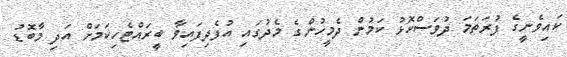
ކައިވެނީގެ ފުރަތަމަ ދުވަސްކޮޅު ކަމުން ދެމީހުންގެ މެދުގައި އުފެދިފައިވާ ބީރައްޓެހިކަމަށް އަދި މާބޮޑު